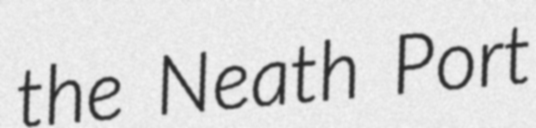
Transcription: the Neath Port